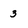
Character: 3